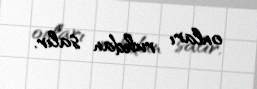
onları ruhdan salır.